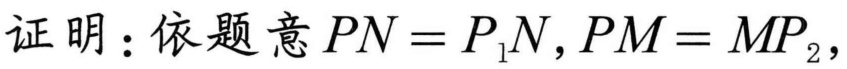
证明：依题意\(PN = P_{1}N,PM = MP_{2}\)，